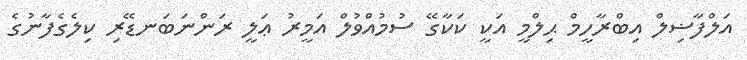
އަލްފާޟިލް އިބްރާހީމް ޙިލްމީ އަކީ ކަކާގޭ ސުމުއްވުލް އަމީރު ޢަލީ ރަންނަބަނޑޭރި ކިލެގެފާނުގެ